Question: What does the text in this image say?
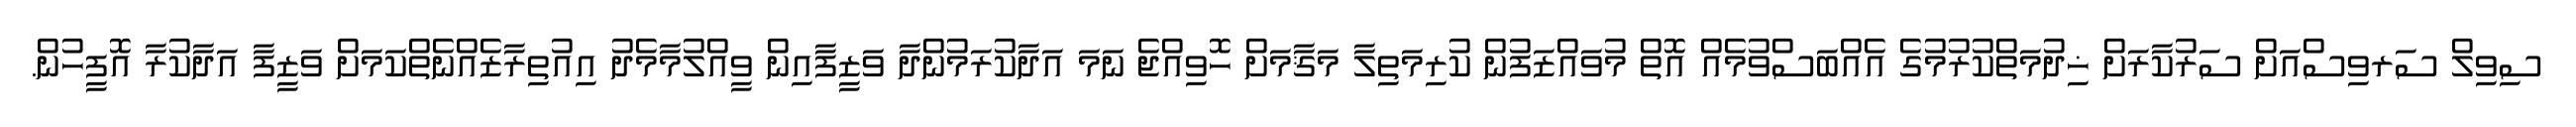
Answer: ސިވިލް ސަރވިސްއަށް ސަރުކާރަށް ޚިދުމަތްކުރުމުގެ އެއްބަސްވުމެއް އޮތް މުވައްޒަފުން ކުރިމަތިލާ މަޤާމަށް ހޮވިއްޖެ ނަމަ އަދާކުރަމުންދާ ވަޒީފާއިން ވީއްލުމާމެދު އިއުތިރާޒެއްނެތްކަމަށް ވަޒީފާ އަދާކުރާ އޮފީހުން.